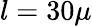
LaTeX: l=30\mu